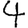
Digit: 4